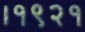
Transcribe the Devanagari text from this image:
।१९२१